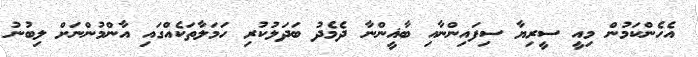
އެހެންކަމުން މިއީ ސީރިޔާ ސިފައިންނާއި ބާޣީންނާ ދެމެދު ބަދަލުކުރި ހަމަލާތަކެއްގައި އާންމުންނަށް ލިބުނު